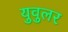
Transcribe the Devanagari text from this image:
युवुलर